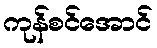
ကုန်စင်အောင်